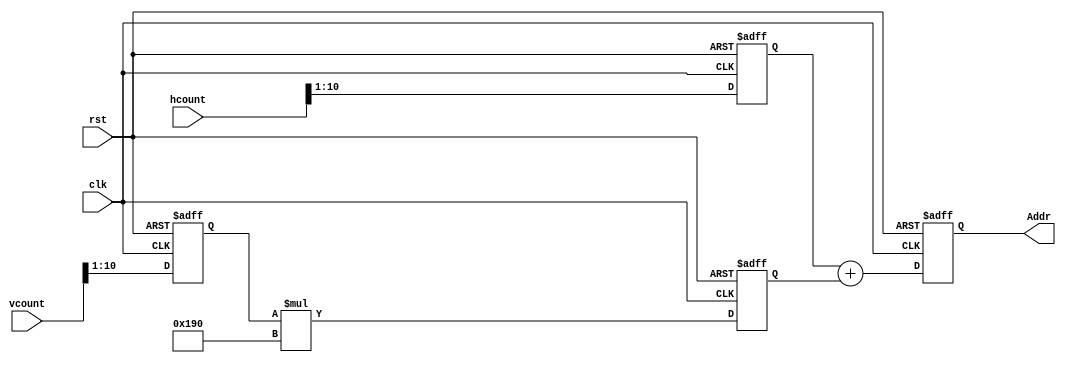
module GetAddr(
input clk,
input rst,
input [10:0] hcount,
input [10:0] vcount,
output reg [16:0] Addr = 0
);
    reg [16:0] hcount1 = 0, vcount1 = 0, vcount2 = 0;
    always @ (posedge clk or posedge rst)
    begin
        if(rst)
        begin
            hcount1 <= 0;
            vcount1 <= 0;
        end
        else
        begin
            hcount1 <= (hcount >> 1);
            vcount1 <= (vcount >> 1);
        end
    end
    
    always @ (posedge clk or posedge rst)
        begin
            if(rst)
                vcount2 <= 0;
            else
                vcount2 <= vcount1 * 400;
        end
    
    always @ (posedge clk or posedge rst)
    begin
        if(rst)
            Addr <= 0;
        else
            Addr <= hcount1 + vcount2;
    end
    
endmodule